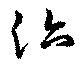
治